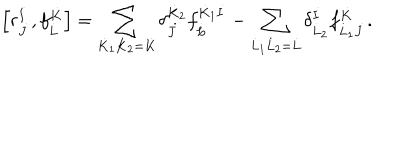
\left[ r _ { \dot { J } } ^ { \dot { I } } , f _ { \dot { L } } ^ { \dot { K } } \right] = \sum _ { \dot { K } _ { 1 } \dot { K } _ { 2 } = \dot { K } } \delta _ { \dot { J } } ^ { \dot { K } _ { 2 } } f _ { \dot { L } } ^ { \dot { K } _ { 1 } \dot { I } } - \sum _ { \dot { L } _ { 1 } \dot { L } _ { 2 } = \dot { L } } \delta _ { \dot { L } _ { 2 } } ^ { \dot { I } } f _ { \dot { L } _ { 1 } \dot { J } } ^ { \dot { K } } .